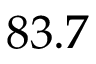
8 3 . 7